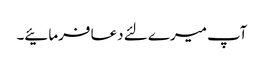
آپ میرے لئے دعا فرمائیے۔